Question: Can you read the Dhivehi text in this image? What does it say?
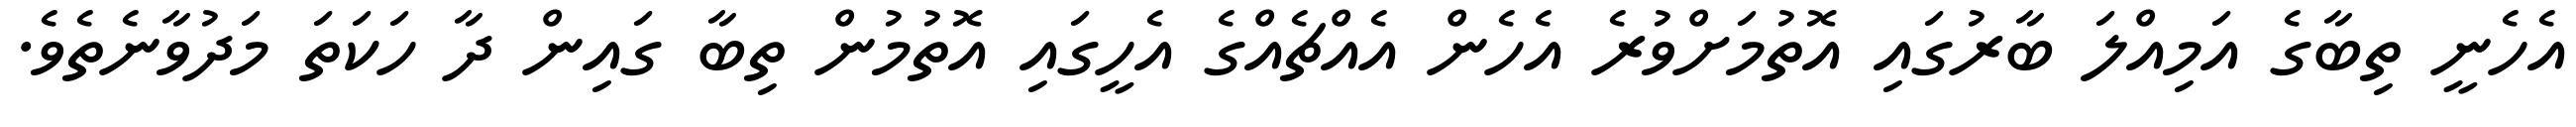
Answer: އެހެނީ ތިބާގެ އަމިއްލަ ބާރުގައި އޮތުމަށްވުރެ އެހެން އެއްޗެއްގެ އެހީގައި އޮތުމުން ތިބާ ގައިން ދާ ހަކަތަ މަދުވާނެތެވެ.